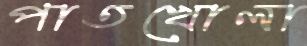
পাতখোলা